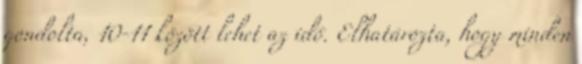
gondolta, 10-11 között lehet az idő. Elhatározta, hogy minden